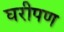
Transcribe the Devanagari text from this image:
घरीपण